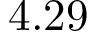
4 . 2 9